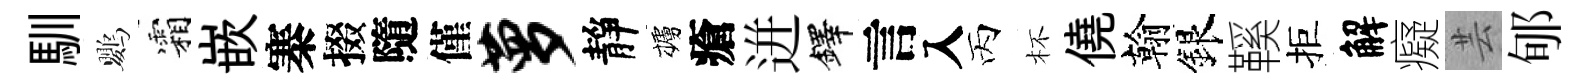
馴鸚霜嵌寨掇隨僅萝靜櫨瘡迸鐸言入丙杯僥翰銀鞵拒解癡芸郇